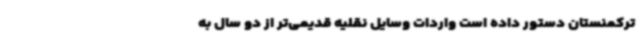
ترکمنستان دستور داده است واردات وسایل نقلیه قدیمی‌تر از دو سال به